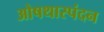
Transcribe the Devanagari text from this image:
ओषथास्पंदन